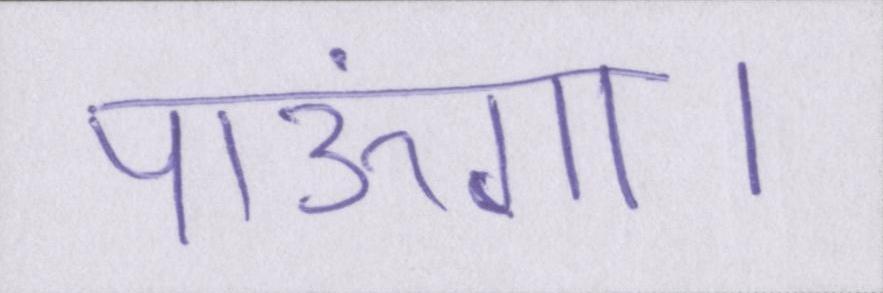
पाऊंगा।